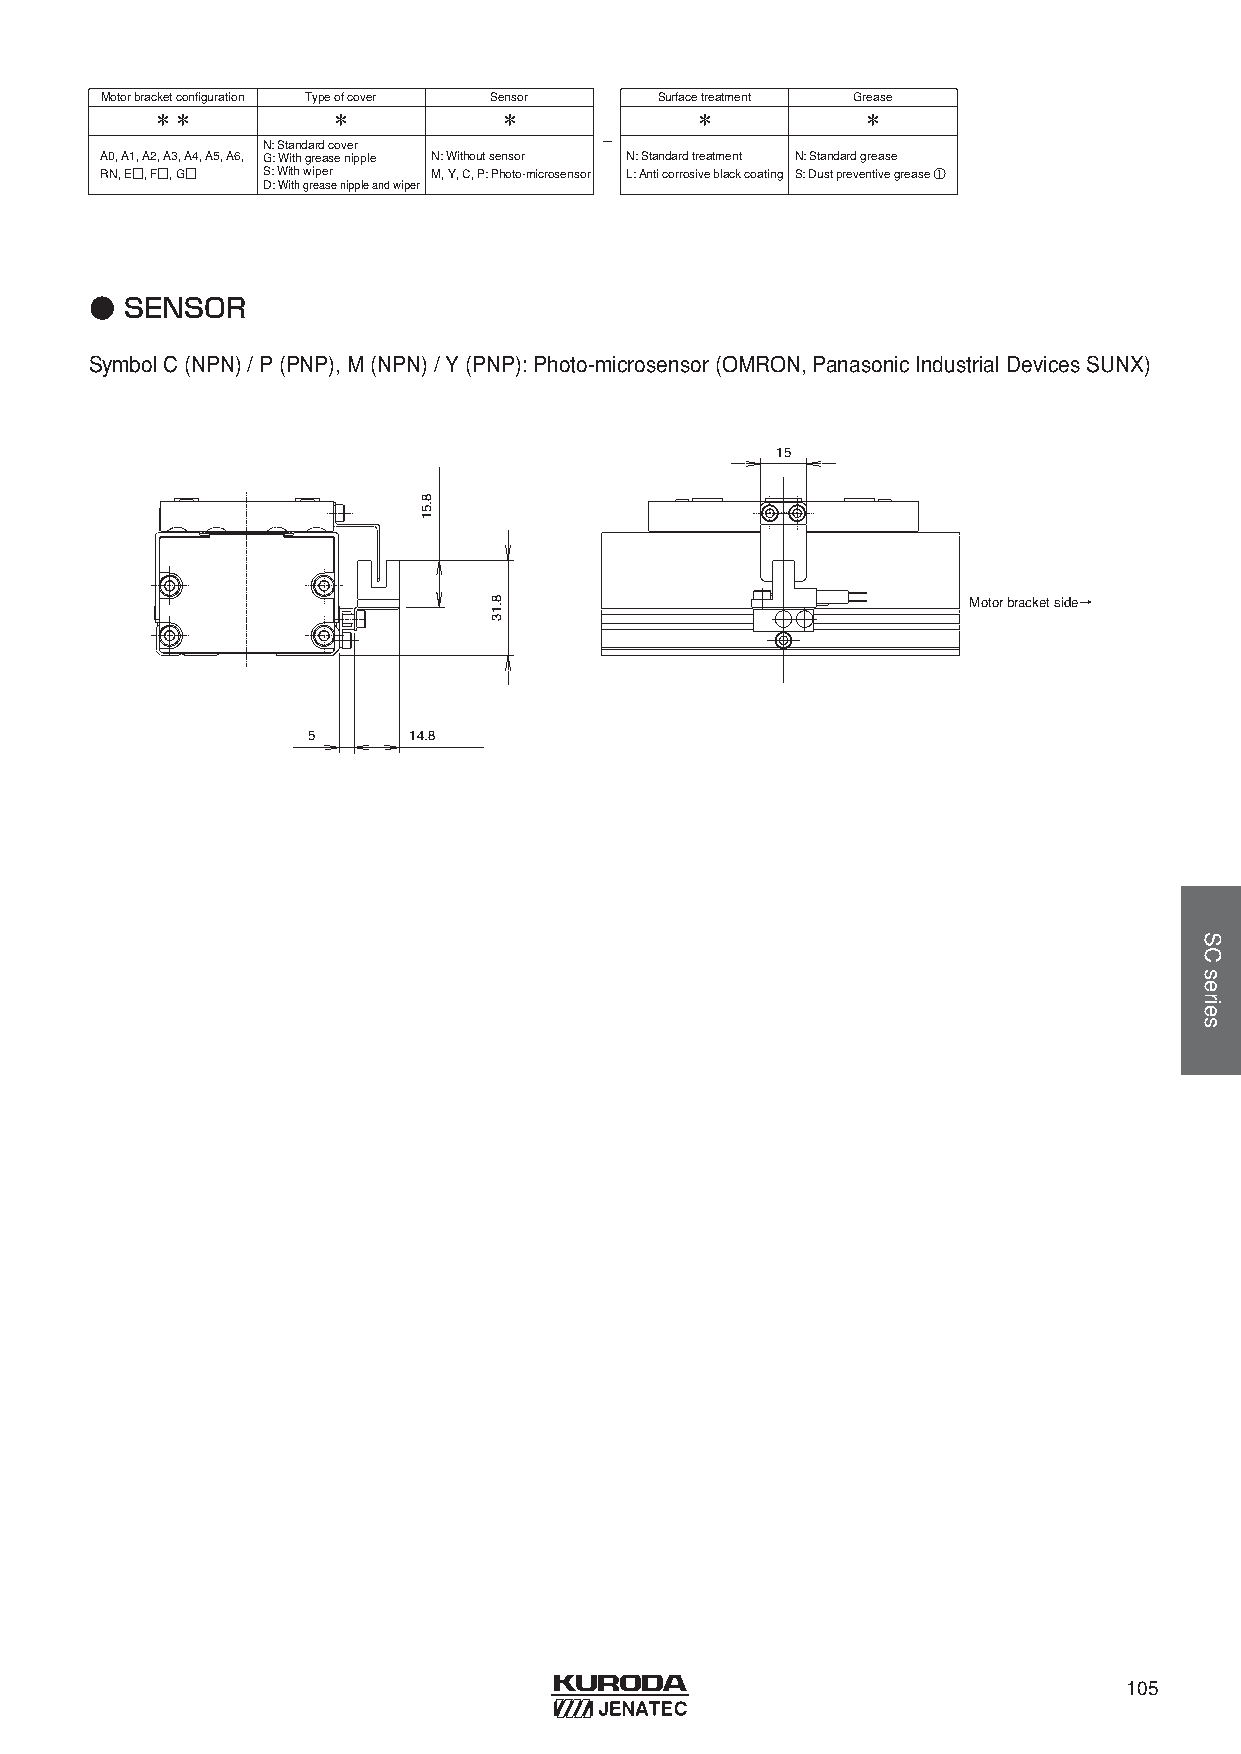
Motorbracketconfiguration Typeofcover Sensor Surfacetreatment Grease
 ＊＊          ＊          ＊            ＊          ＊
 -
 N: Standardcover
 A0, A1, A2, A3, A4, A5, A6, G: Withgreasenipple N: Withoutsensor N: Standardtreatment N: Standardgrease
 RN, E□, F□, G□ S: Withwiper M, Y, C, P: Photo-microsensor L: Anticorrosiveblackcoating S: Dust preventive grease ①
 D: Withgreasenippleandwiper
 ● SENSOR
 SymbolC(NPN) / P(PNP), M(NPN) / Y(PNP): Photo-microsensor(OMRON, Panasonic Industrial Devices SUNX)
 15
 Motor bracket side→
 5      14.8
 105
 8.51
 8.13
 SCseries